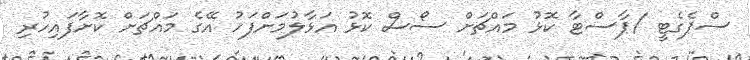
ސްޕެގެޓީ /ޕާސްޓާ ކޮޅު މައްޗަށް ސޯސް ކޮޅު އަޅާލުމަށްފަހު އޭގެ މައްޗަށް ކޮށާފައިހުރި